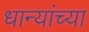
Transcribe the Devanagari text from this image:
धान्यांच्या